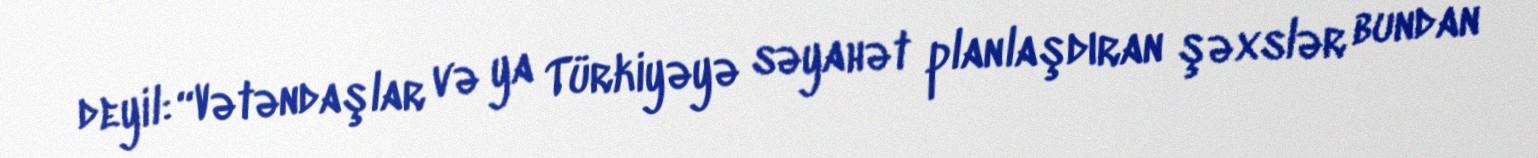
deyil: “Vətəndaşlar və ya Türkiyəyə səyahət planlaşdıran şəxslər bundan